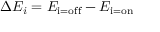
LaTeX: \Delta E _ { i } = E _ { \mathrm { i = o f f } } - E _ { \mathrm { i = o n } }